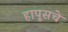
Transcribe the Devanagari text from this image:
हापूसचे